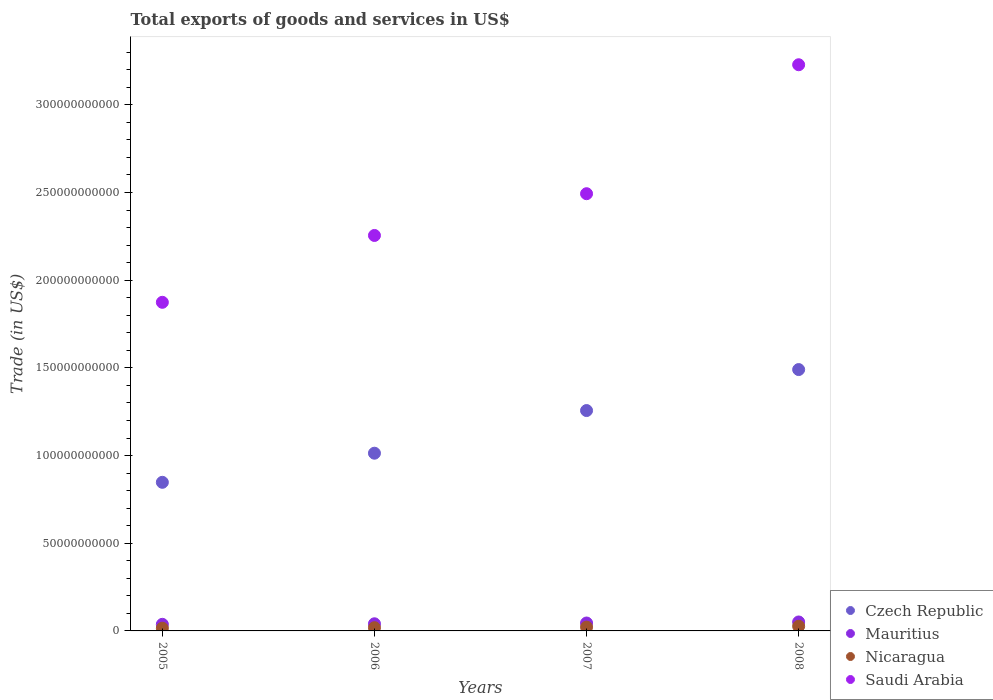
| Years | Czech Republic | Mauritius | Nicaragua | Saudi Arabia |
 | --- | --- | --- | --- | --- |
 | 2005 | 8.47e+10 | 3.76e+09 | 1.54e+09 | 1.87e+11 |
 | 2006 | 1.01e+11 | 4.07e+09 | 1.83e+09 | 2.26e+11 |
 | 2007 | 1.26e+11 | 4.51e+09 | 2.16e+09 | 2.49e+11 |
 | 2008 | 1.49e+11 | 5.1e+09 | 2.66e+09 | 3.23e+11 |